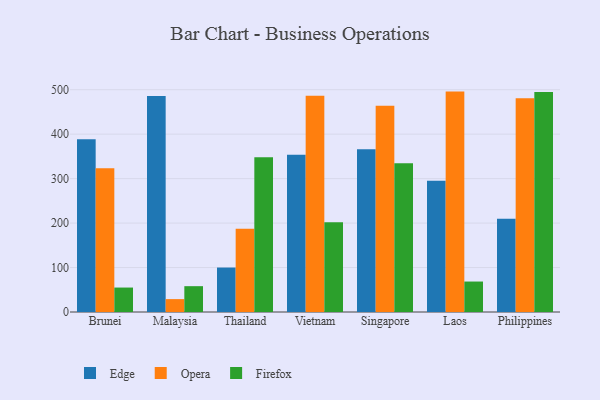
{"axis": {"x": "Country", "y": "Shipments"}, "legend": ["Edge", "Firefox", "Opera"], "data": [{"x": "Brunei", "y": 388.8, "type": "Edge"}, {"x": "Brunei", "y": 323.1, "type": "Opera"}, {"x": "Brunei", "y": 55.0, "type": "Firefox"}, {"x": "Malaysia", "y": 486.0, "type": "Edge"}, {"x": "Malaysia", "y": 29.0, "type": "Opera"}, {"x": "Malaysia", "y": 58.1, "type": "Firefox"}, {"x": "Thailand", "y": 100.0, "type": "Edge"}, {"x": "Thailand", "y": 187.5, "type": "Opera"}, {"x": "Thailand", "y": 347.9, "type": "Firefox"}, {"x": "Vietnam", "y": 353.8, "type": "Edge"}, {"x": "Vietnam", "y": 486.6, "type": "Opera"}, {"x": "Vietnam", "y": 201.7, "type": "Firefox"}, {"x": "Singapore", "y": 365.8, "type": "Edge"}, {"x": "Singapore", "y": 463.7, "type": "Opera"}, {"x": "Singapore", "y": 334.7, "type": "Firefox"}, {"x": "Laos", "y": 295.4, "type": "Edge"}, {"x": "Laos", "y": 495.7, "type": "Opera"}, {"x": "Laos", "y": 68.5, "type": "Firefox"}, {"x": "Philippines", "y": 209.9, "type": "Edge"}, {"x": "Philippines", "y": 480.5, "type": "Opera"}, {"x": "Philippines", "y": 494.9, "type": "Firefox"}]}